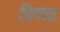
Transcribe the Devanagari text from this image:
त्रिसठ